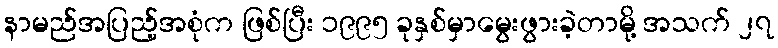
နာမည်အပြည့်အစုံက ဖြစ်ပြီး ၁၉၉၅ ခုနှစ်မှာမွေးဖွားခဲ့တာမို့ အသက် ၂၇